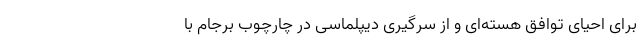
برای احیای توافق هسته‌ای و از سرگیری دیپلماسی در چارچوب برجام با